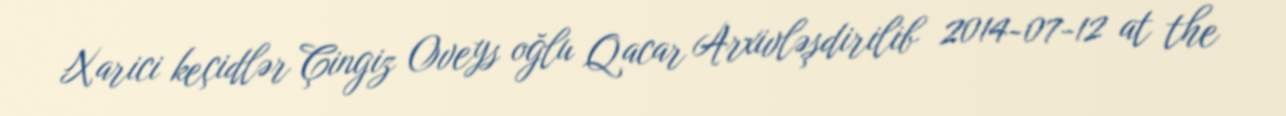
Xarici keçidlər Çingiz Oveys oğlu Qacar Arxivləşdirilib 2014-07-12 at the